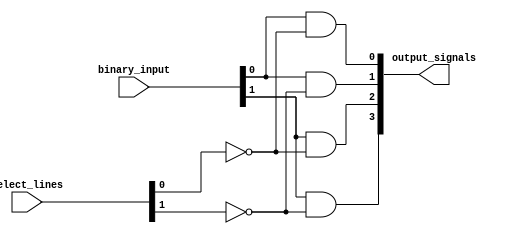
module binary_decoder(input [1:0] binary_input,
                        input [1:0] select_lines,
                        output [3:0] output_signals);

    assign output_signals[0] = (binary_input[0] & ~select_lines[0]);
    assign output_signals[1] = (binary_input[0] & ~select_lines[1]);
    assign output_signals[2] = (binary_input[1] & ~select_lines[0]);
    assign output_signals[3] = (binary_input[1] & ~select_lines[1]);
    
endmodule